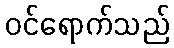
ဝင်ရောက်သည်